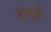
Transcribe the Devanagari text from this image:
हस्‍ते